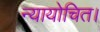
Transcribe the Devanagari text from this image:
न्यायोचित।